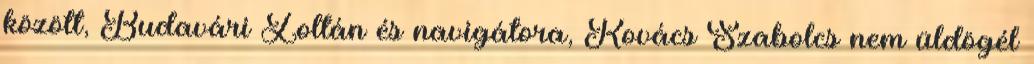
között, Budavári Zoltán és navigátora, Kovács Szabolcs nem üldögél